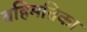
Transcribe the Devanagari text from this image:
बहिमतिका